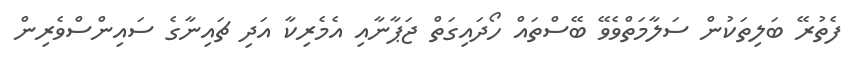
ފެތުރޭ ބަލިތަކުން ސަލާމަތްވެވޭ ބޭސްތައް ހޯދައިގަތް ޖަޕާނާއި އެމެރިކާ އަދި ޗައިނާގެ ސައިންސްވެރިން